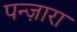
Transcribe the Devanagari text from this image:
पन्ज़ारा